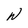
Character: W